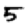
Digit: 5